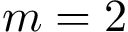
m = 2